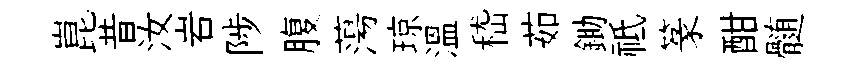
崑昔汝岩陟腹蕩琼溫嵇茹鋤祗篆酣髄